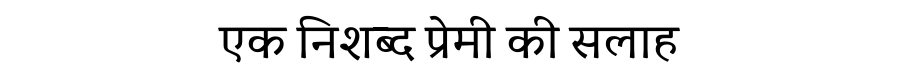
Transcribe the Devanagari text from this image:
एक निशब्द प्रेमी की सलाह